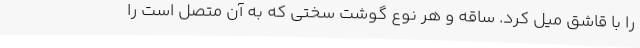
را با قاشق میل کرد. ساقه و هر نوع گوشت سختی که به آن متصل است را